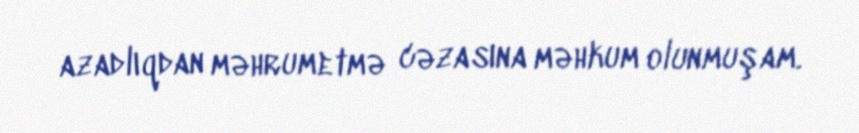
azadlıqdan məhrumetmə cəzasına məhkum olunmuşam.